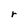
Character: r